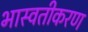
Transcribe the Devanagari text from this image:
भास्वतीकरण